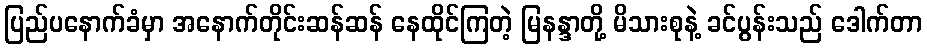
ပြည်ပနောက်ခံမှာ အနောက်တိုင်းဆန်ဆန် နေထိုင်ကြတဲ့ မြနန္ဒာတို့ မိသားစုနဲ့ ခင်ပွန်းသည် ဒေါက်တာ